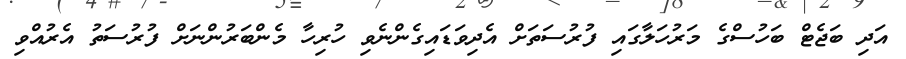
އަދި ބަޖެޓް ބަހުސްގެ މަރުހަލާގައި ފުރުސަތަށް އެދިވަޑައިގެންނެވި ހުރިހާ މެންބަރުންނަށް ފުރުސަތު އެރުއްވި